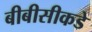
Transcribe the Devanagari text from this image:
बीबीसीकडे